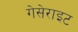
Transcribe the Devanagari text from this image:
गेसेराइट